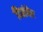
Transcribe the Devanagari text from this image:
दिसंबेर